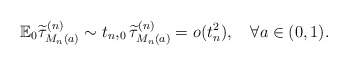
\begin{align*} \mathbb{E}_0\widetilde{\tau}^{(n)}_{M_n(a)}\sim t_n,_0\widetilde{\tau}^{(n)}_{M_n(a)}=o(t_n^2),\quad\forall a\in(0,1).\end{align*}